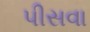
પીસવા